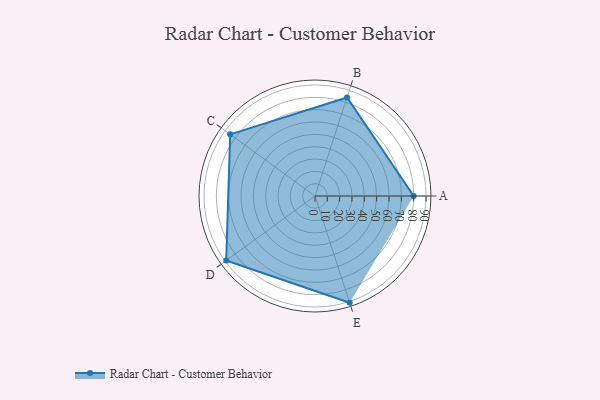
{"axis": {"x": "Skill", "y": "Score"}, "legend": ["Profile"], "data": [{"x": "A", "y": 80.0, "type": "Profile"}, {"x": "B", "y": 84.0, "type": "Profile"}, {"x": "C", "y": 85.0, "type": "Profile"}, {"x": "D", "y": 89.0, "type": "Profile"}, {"x": "E", "y": 91.0, "type": "Profile"}]}